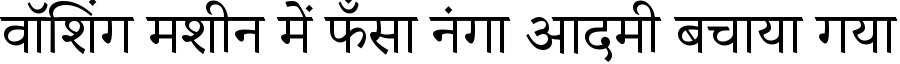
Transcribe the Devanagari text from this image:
वॉशिंग मशीन में फँसा नंगा आदमी बचाया गया